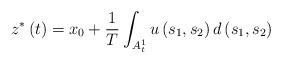
LaTeX: \begin{align*}z^{*}\left(t\right)=x_{0}+\frac{1}{T}\int_{A_{t}^{1}}u\left(s_{1},s_{2}\right)d\left(s_{1},s_{2}\right)\end{align*}